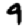
Digit: 9